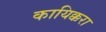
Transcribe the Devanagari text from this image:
कायिक्करा